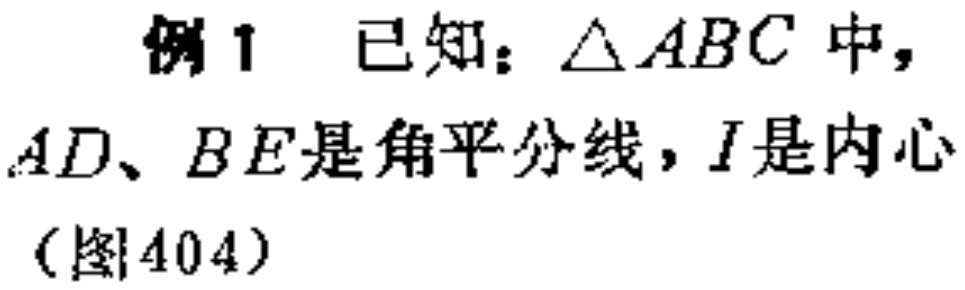
例1 已知：\(\triangle ABC\)中，\(AD、BE\)是角平分线，\(I\)是内心（图404）